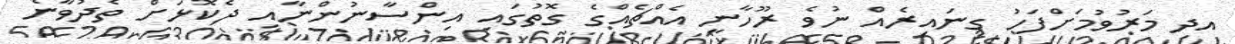
އދި މަރުވުމަށްފަހު ގިނައިރެއް ނުވެ ރޫހާނީ އެއްޗެއްގެ ގޮތުގައި އިންސާނުންނާއި ދެކޮޅަށް ތެދުވާނެ